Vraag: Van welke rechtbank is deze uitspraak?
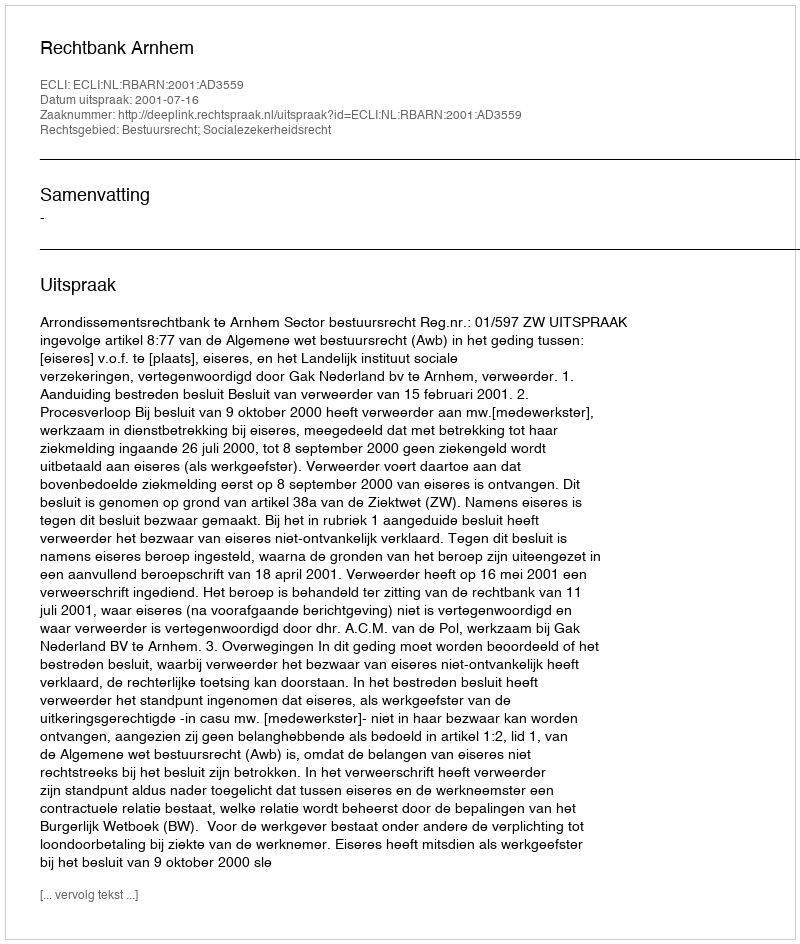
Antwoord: Rechtbank Arnhem